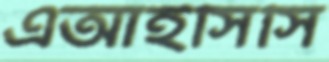
এআইসিসি